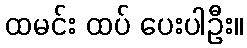
ထမင်း ထပ် ပေးပါဦး။